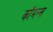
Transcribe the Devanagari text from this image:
कॉमन्‍स